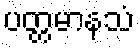
ပတ္တမာနသံ